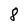
Character: 8